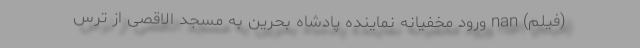
(فیلم) nan ورود مخفیانه نماینده پادشاه بحرین به مسجد الاقصی از ترس